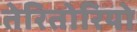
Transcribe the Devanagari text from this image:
तेरितोरियो